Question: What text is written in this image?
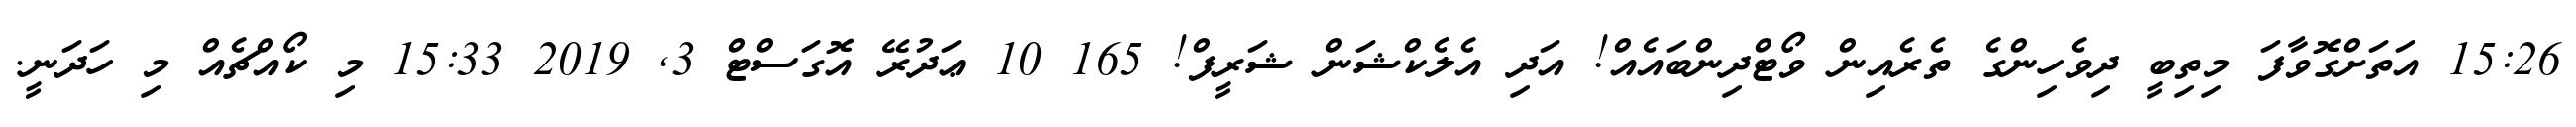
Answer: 15:26 އަތަށްގޮވާފަ މިތިބީ ދިވެހިންގެ ތެރެއިން ވޯޓްދިންބައެއް! އަދި އެލެކްޝަން ޝަރީފް! 165 10 ޢަދުރޭ އޮގަސްޓް 3, 2019 15:33 މި ކޯއްޗެއް މި ހަދަނީ.